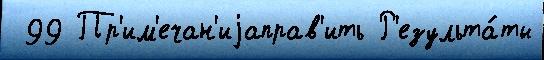
 99 Пр'им'ечан'иjаправ'ить Р'езульта́ты